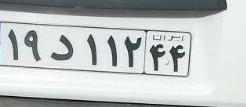
۱۹د۱۱۲۴۴